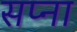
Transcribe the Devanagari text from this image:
सप्ना